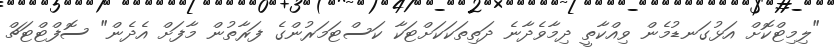
"ލިމިޓްކޮށް އަޅުގަނޑުމެން ވިއްކާތީ ދިމާވެދާނެ ދަތިތަކަކަށްޓަކާ ކަސްޓަމަރުންގެ ފަރާތުން މާފަށް އެދެން" ސޮފްޓްޓަޗް